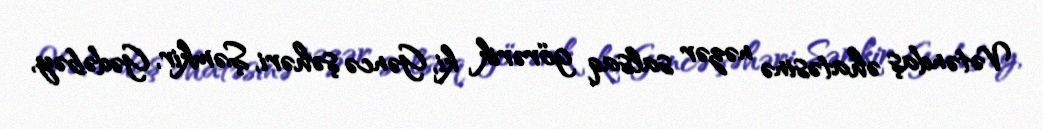
Vətəndaş əhatəsinə nəzər salsaq görərik ki, Gəncə şəhəri, Şəmkir, Gədəbəy,